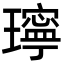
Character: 𤪥